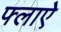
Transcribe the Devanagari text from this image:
फ्लाऐ